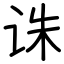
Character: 诛